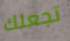
تجعلك